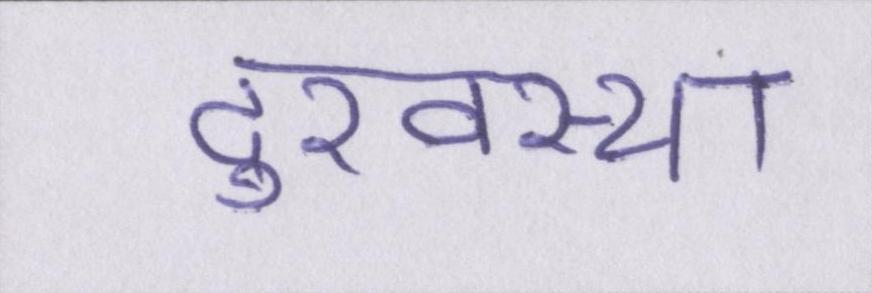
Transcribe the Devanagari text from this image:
दुरवस्था